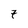
Character: 7